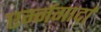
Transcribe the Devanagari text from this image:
एर्म्नगार्दा